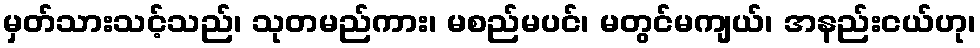
မှတ်သားသင့်သည်၊ သုတမည်ကား၊ မစည်မပင်၊ မတွင်မကျယ်၊ အနည်းငယ်ဟု၊